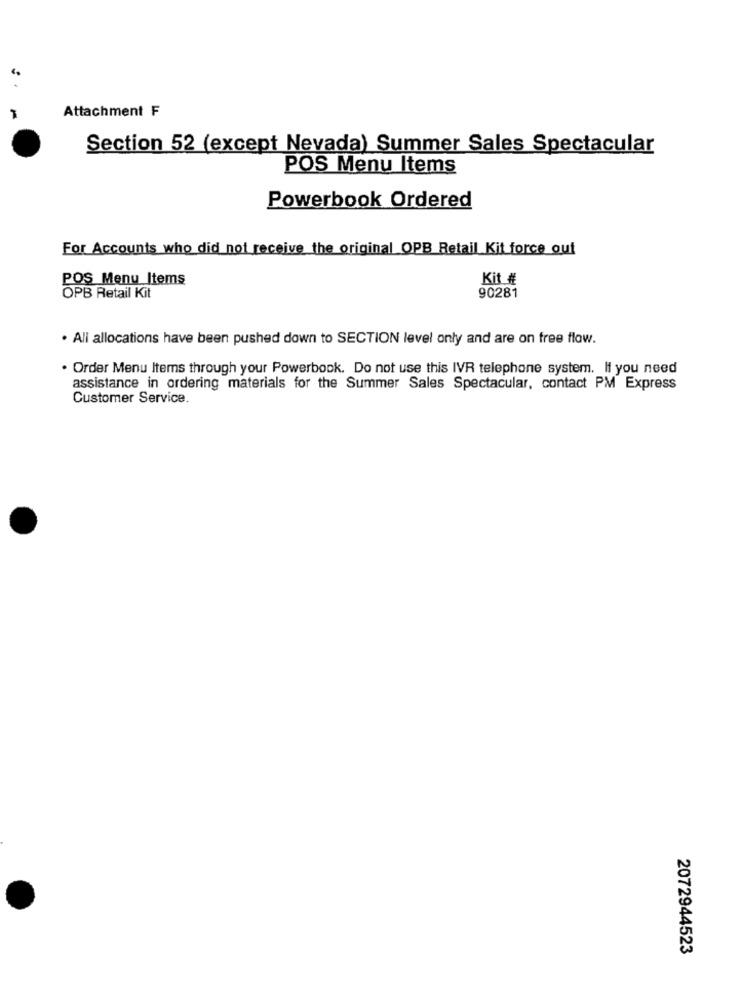
Attachment ₣
Section 52 (except Nevada) Summer Sales Spectacular
POS Menu Items
Powerbook Ordered
For Accounts who did not receive the original OPB Retail Kit force out
POS Menu Items
Kit #
90281
OPB Retail Kit
. Ali allocations have been pushed down to SECTION level only and are on free flow.
· Order Menu Items through your Powerbook. Do not use this IVR telephone system. If you need
assistance in ordering materials for the Summer Sales Spectacular, contact PM Express
Customer Service
2072944523